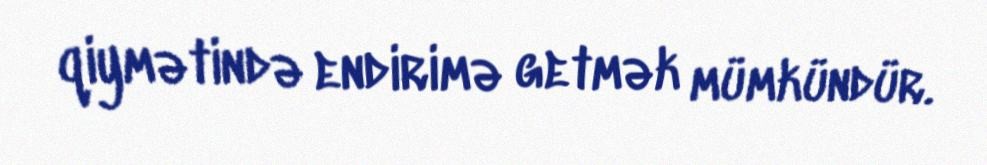
qiymətində endirimə getmək mümkündür.